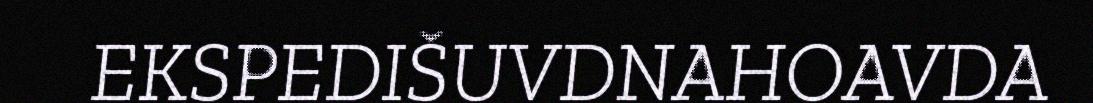
EKSPEDIŠUVDNAHOAVDA